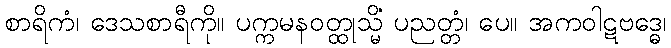
စာရိကံ၊ ဒေသစာရီကို။ ပက္ကမနဝတ္ထုသ္မိံ ပညတ္တံ၊ ပေ။ အကဝါဋဗဒ္ဓေ၊